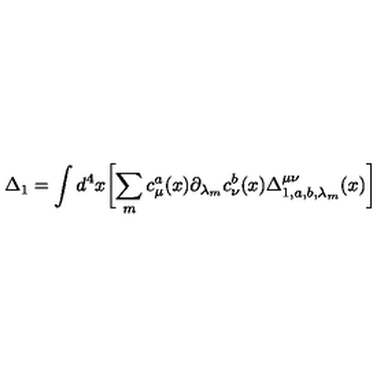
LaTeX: \Delta _ { 1 } = \int d ^ { 4 } x \biggl [ \sum _ { m } c _ { \mu } ^ { a } ( x ) { { \partial } _ { { \lambda } _ { m } } } c _ { \nu } ^ { b } ( x ) \Delta _ { 1 , a , b , { \lambda } _ { m } } ^ { \mu \nu } ( x ) \biggr ]